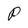
Character: P